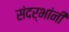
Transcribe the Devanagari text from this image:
संदर्भांनी